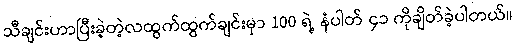
သီချင်းဟာပြီးခဲ့တဲ့လထွက်ထွက်ချင်းမှာ 100 ရဲ့ နံပါတ် ၄၁ ကိုချိတ်ခဲ့ပါတယ်။